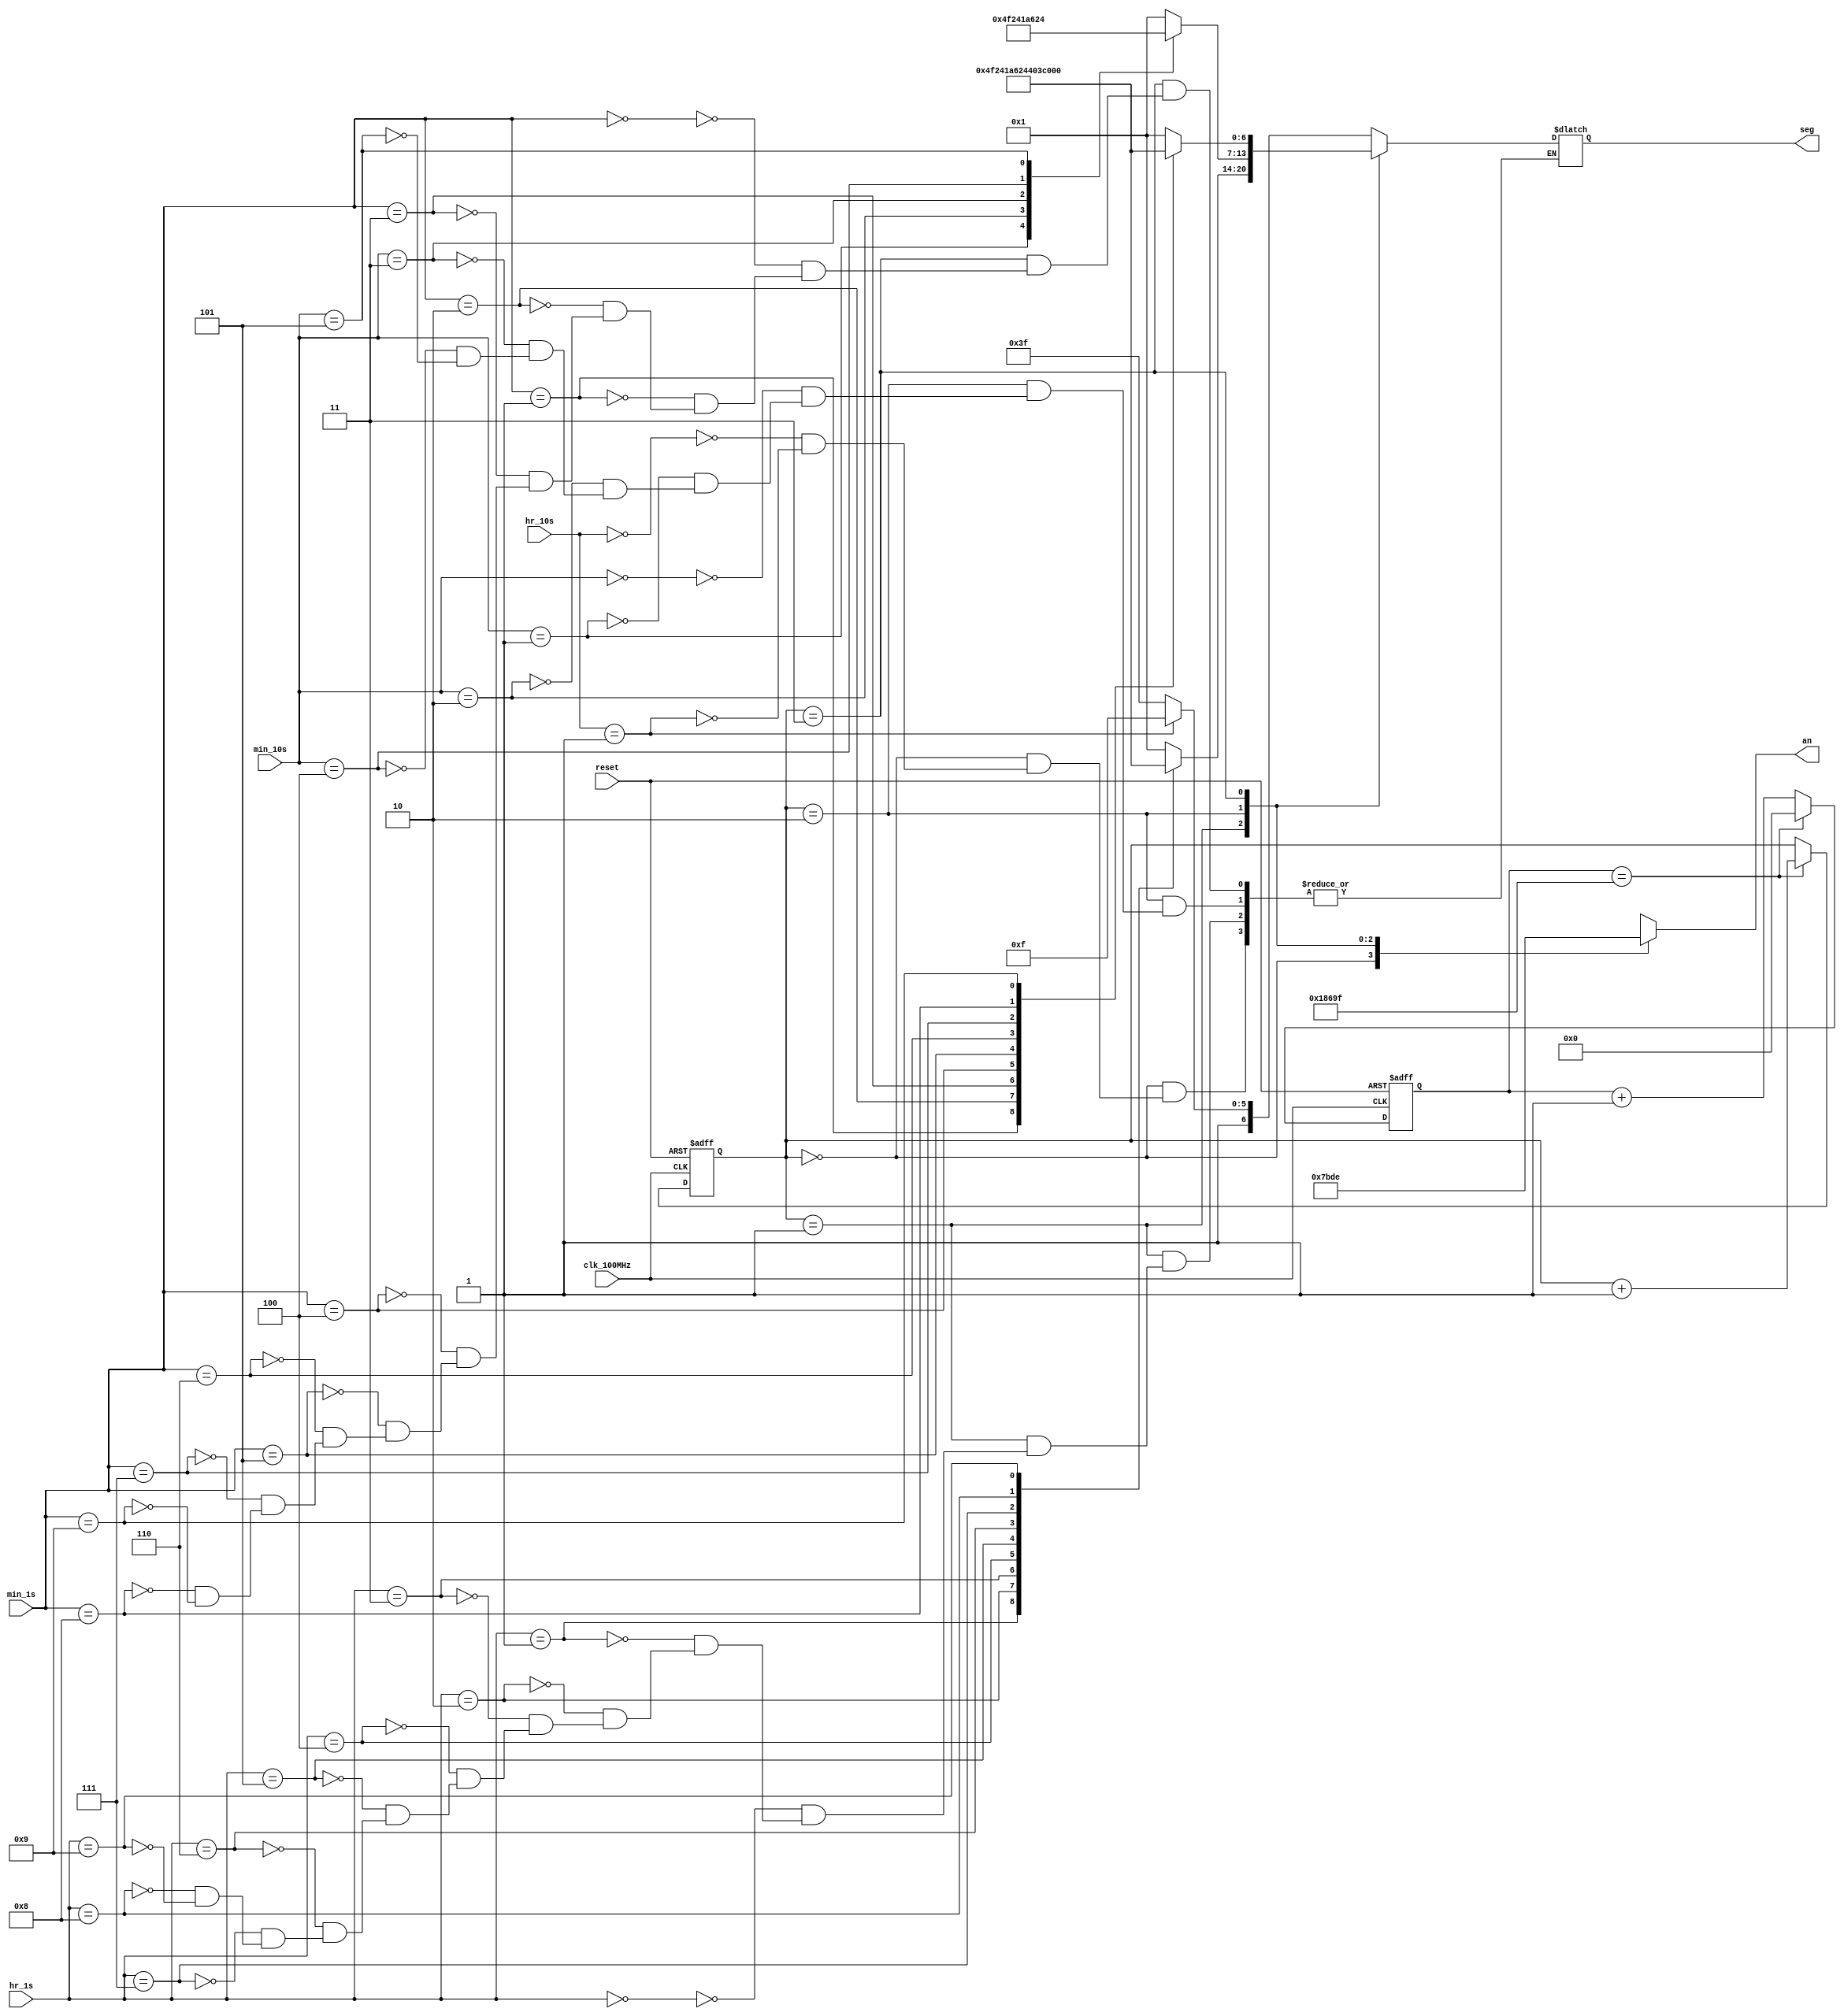
// This program was cloned from: https://github.com/FPGADude/Digital-Design
// License: GNU General Public License v3.0

`timescale 1ns / 1ps

module seg_control(
    input clk_100MHz,
    input reset,
    input [3:0] min_1s,
    input [3:0] min_10s,
    input [3:0] hr_1s,
    input [3:0] hr_10s,
    output reg [0:6] seg,
    output reg [3:0] an
    );
    
    // Parameters for segment values
    parameter NULL  = 7'b111_1111;  // Turn off all segments
    parameter ZERO  = 7'b000_0001;  // 0
    parameter ONE   = 7'b100_1111;  // 1
    parameter TWO   = 7'b001_0010;  // 2 
    parameter THREE = 7'b000_0110;  // 3
    parameter FOUR  = 7'b100_1100;  // 4
    parameter FIVE  = 7'b010_0100;  // 5
    parameter SIX   = 7'b010_0000;  // 6
    parameter SEVEN = 7'b000_1111;  // 7
    parameter EIGHT = 7'b000_0000;  // 8
    parameter NINE  = 7'b000_0100;  // 9
    
    
    // To select each anode in turn
    reg [1:0] anode_select;
    reg [16:0] anode_timer;
        
    always @(posedge clk_100MHz or posedge reset) begin
        if(reset) begin
            anode_select <= 0;
            anode_timer <= 0; 
        end
        else
            if(anode_timer == 99_999) begin
                anode_timer <= 0;
                anode_select <=  anode_select + 1;
            end
            else
                anode_timer <=  anode_timer + 1;
    end
    
    always @(anode_select) begin
        case(anode_select) 
            2'b00 : an = 4'b0111;
            2'b01 : an = 4'b1011;
            2'b10 : an = 4'b1101;
            2'b11 : an = 4'b1110;
        endcase
    end
    
    // To drive the segments
    always @*
        case(anode_select)
            2'b00 : begin       // HOURS TENS DIGIT
                        case(hr_10s)
                            4'h0 : seg = NULL;
                            4'h1 : seg = ONE;
                        endcase
                    end
                    
            2'b01 : begin       // HOURS ONES DIGIT
                        case(hr_1s)
                            4'h0 : seg = ZERO;
                            4'h1 : seg = ONE;
                            4'h2 : seg = TWO;
                            4'h3 : seg = THREE;
                            4'h4 : seg = FOUR;
                            4'h5 : seg = FIVE;
                            4'h6 : seg = SIX;
                            4'h7 : seg = SEVEN;
                            4'h8 : seg = EIGHT;
                            4'h9 : seg = NINE;
                        endcase
                    end
                    
            2'b10 : begin       // MINUTES TENS DIGIT
                        case(min_10s)
                            4'h0 : seg = ZERO;
                            4'h1 : seg = ONE;
                            4'h2 : seg = TWO;
                            4'h3 : seg = THREE;
                            4'h4 : seg = FOUR;
                            4'h5 : seg = FIVE;
                        endcase
                    end
                    
            2'b11 : begin       // MINUTES ONES DIGIT
                        case(min_1s)
                            4'h0 : seg = ZERO;
                            4'h1 : seg = ONE;
                            4'h2 : seg = TWO;
                            4'h3 : seg = THREE;
                            4'h4 : seg = FOUR;
                            4'h5 : seg = FIVE;
                            4'h6 : seg = SIX;
                            4'h7 : seg = SEVEN;
                            4'h8 : seg = EIGHT;
                            4'h9 : seg = NINE;
                        endcase
                    end
        endcase
    
    
    
    
endmodule